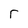
Character: r